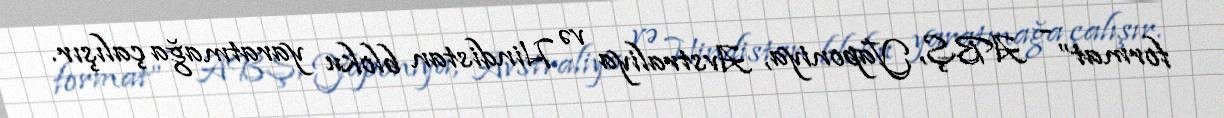
format” - ABŞ, Yaponiya, Avstraliya və Hindistan bloku yaratmağa çalışır.